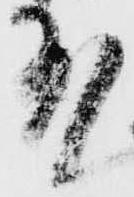
殿